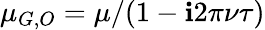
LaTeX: \mu_{G,O}=\mu/(1-\mathbf{i}2\pi\nu\tau)